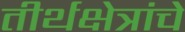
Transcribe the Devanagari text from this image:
तीर्थक्षेत्रांचे